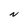
Character: N